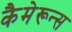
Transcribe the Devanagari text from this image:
कैमेरून्स